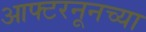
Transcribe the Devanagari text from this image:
आफ्टरनूनच्या